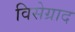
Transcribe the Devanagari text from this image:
विसेग्राद